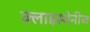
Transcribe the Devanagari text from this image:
क्लाइस्थेनीज